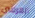
اتعرفين